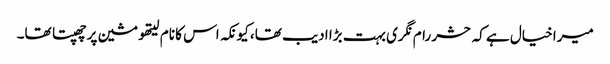
میرا خیال ہے کہ حشر رام نگری بہت بڑا ادیب تھا، کیونکہ اس کا نام لیتھو مشین پر چھپتا تھا۔